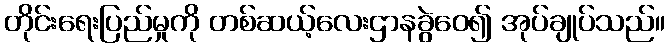
တိုင်းရေးပြည်မှုကို တစ်ဆယ့်လေးဌာနခွဲဝေ၍ အုပ်ချုပ်သည်။